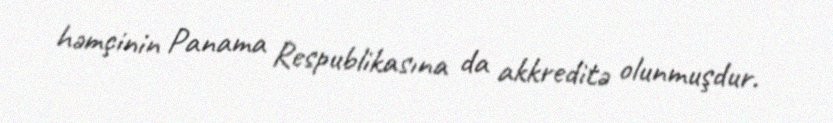
həmçinin Panama Respublikasına da akkreditə olunmuşdur.